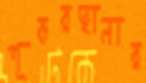
শূকরছানার